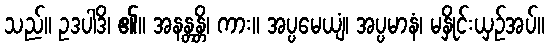
သည်။ ဥဒပါဒိ၊ ၏။ အနန္တန္တိ၊ ကား။ အပ္ပမေယျံ၊ အပ္ပမာနံ၊ မနှိုင်းယှဉ်အပ်။